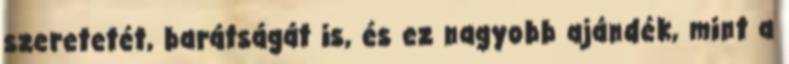
szeretetét, barátságát is, és ez nagyobb ajándék, mint a